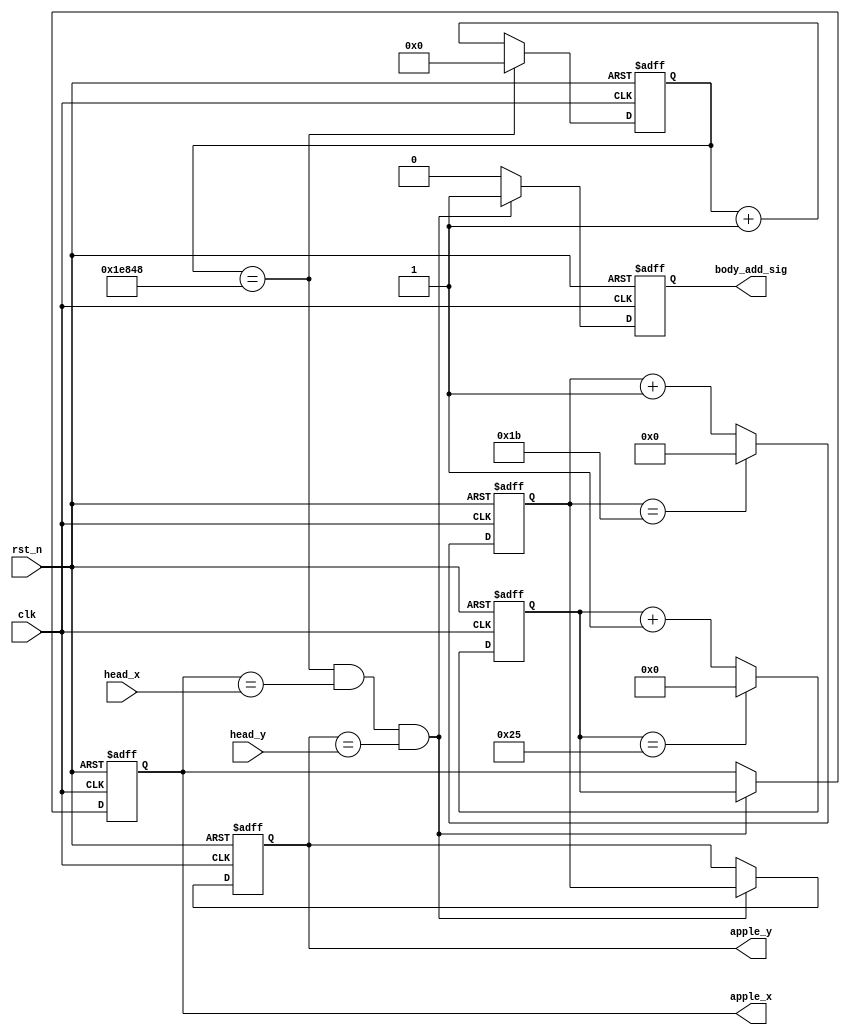
/************************************************************************
 * Create time   : 2018-04-11 17:06
 * Description   : 
 * *********************************************************************/
module  apple_generate(
        input                   clk                     ,
        input                   rst_n                   ,
        //head
        input         [ 5: 0]   head_x                  ,
        input         [ 4: 0]   head_y                  ,
        //apple
        output  reg   [ 5: 0]   apple_x                 ,
        output  reg   [ 4: 0]   apple_y                 ,
        
        output  reg             body_add_sig 
);
//=====================================================================\
// ********** Define Parameter and Internal Signals *************
//=====================================================================/
parameter   TIME_5MS        =   125_000                         ; 
parameter   APPLE_X_MAX     =   38                              ;
parameter   APPLE_Y_MAX     =   28                              ; 

//======================================================================
// ***************      Main    Code    ****************
//======================================================================
//
//cnt0x
reg     [ 5: 0]                 cnt0                            ;
wire                            add_cnt0                        ;
wire                            end_cnt0                        ;
always @(posedge clk or negedge rst_n)begin
    if(!rst_n)begin
        cnt0 <= 0;
    end
    else if(add_cnt0)begin
        if(end_cnt0)
            cnt0 <= 0;
        else
            cnt0 <= cnt0 + 1'b1;
    end
end

assign add_cnt0     =       1'b1;       
assign end_cnt0     =       add_cnt0 && cnt0== APPLE_X_MAX-1;

//cnt1y
reg     [ 4: 0]                 cnt1                            ;
wire                            add_cnt1                        ;
wire                            end_cnt1                        ;
always @(posedge clk or negedge rst_n)begin
    if(!rst_n)begin
        cnt1 <= 0;
    end
    else if(add_cnt1)begin
        if(end_cnt1)
            cnt1 <= 0;
        else
            cnt1 <= cnt1 + 1'b1;
    end
end

assign add_cnt1     =       1'b1;       
assign end_cnt1     =       add_cnt1 && cnt1== APPLE_Y_MAX-1;

reg     [16: 0]                 cnt2                            ;
wire                            add_cnt2                        ;
wire                            end_cnt2                        ;
always @(posedge clk or negedge rst_n)begin
    if(!rst_n)begin
        cnt2 <= 0;
    end
    else if(add_cnt2)begin
        if(end_cnt2)
            cnt2 <= 0;
        else
            cnt2 <= cnt2 + 1'b1;
    end
end

assign add_cnt2     =       1'b1;       
assign end_cnt2     =       add_cnt2 && cnt2== TIME_5MS;

//apple_x,apple_y
always  @(posedge clk or negedge rst_n)begin
    if(rst_n==1'b0)begin
        apple_x     <=      6'd10;//
        apple_y     <=      5'd13;
    end
    else if(end_cnt2 && apple_x == head_x && apple_y == head_y)begin
        apple_x     <=      cnt0;
        apple_y     <=      cnt1;
    end
end

//body_add_sig
always  @(posedge clk or negedge rst_n)begin
    if(rst_n==1'b0)begin
        body_add_sig    <=      1'b0;
    end
    else if(end_cnt2 && apple_x == head_x && apple_y == head_y)begin
        body_add_sig    <=      1'b1;
    end
    else begin
        body_add_sig    <=      1'b0;
    end
end




endmodule